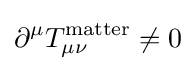
\partial ^{\mu }T_{\mu \nu }^{\text{matter}}\neq 0